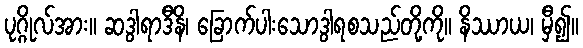
ပုဂ္ဂိုလ်အား။ ဆဒွါရာဒီနိ၊ ခြောက်ပါးသောဒွါရစသည်တို့ကို။ နိဿာယ၊ မှီ၍။